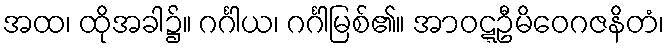
အထ၊ ထိုအခါ၌။ ဂင်္ဂါယ၊ ဂင်္ဂါမြစ်၏။ အာဝဋ္ဋဦမိဝေဂဇနိတံ၊